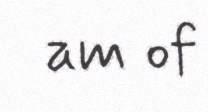
am of